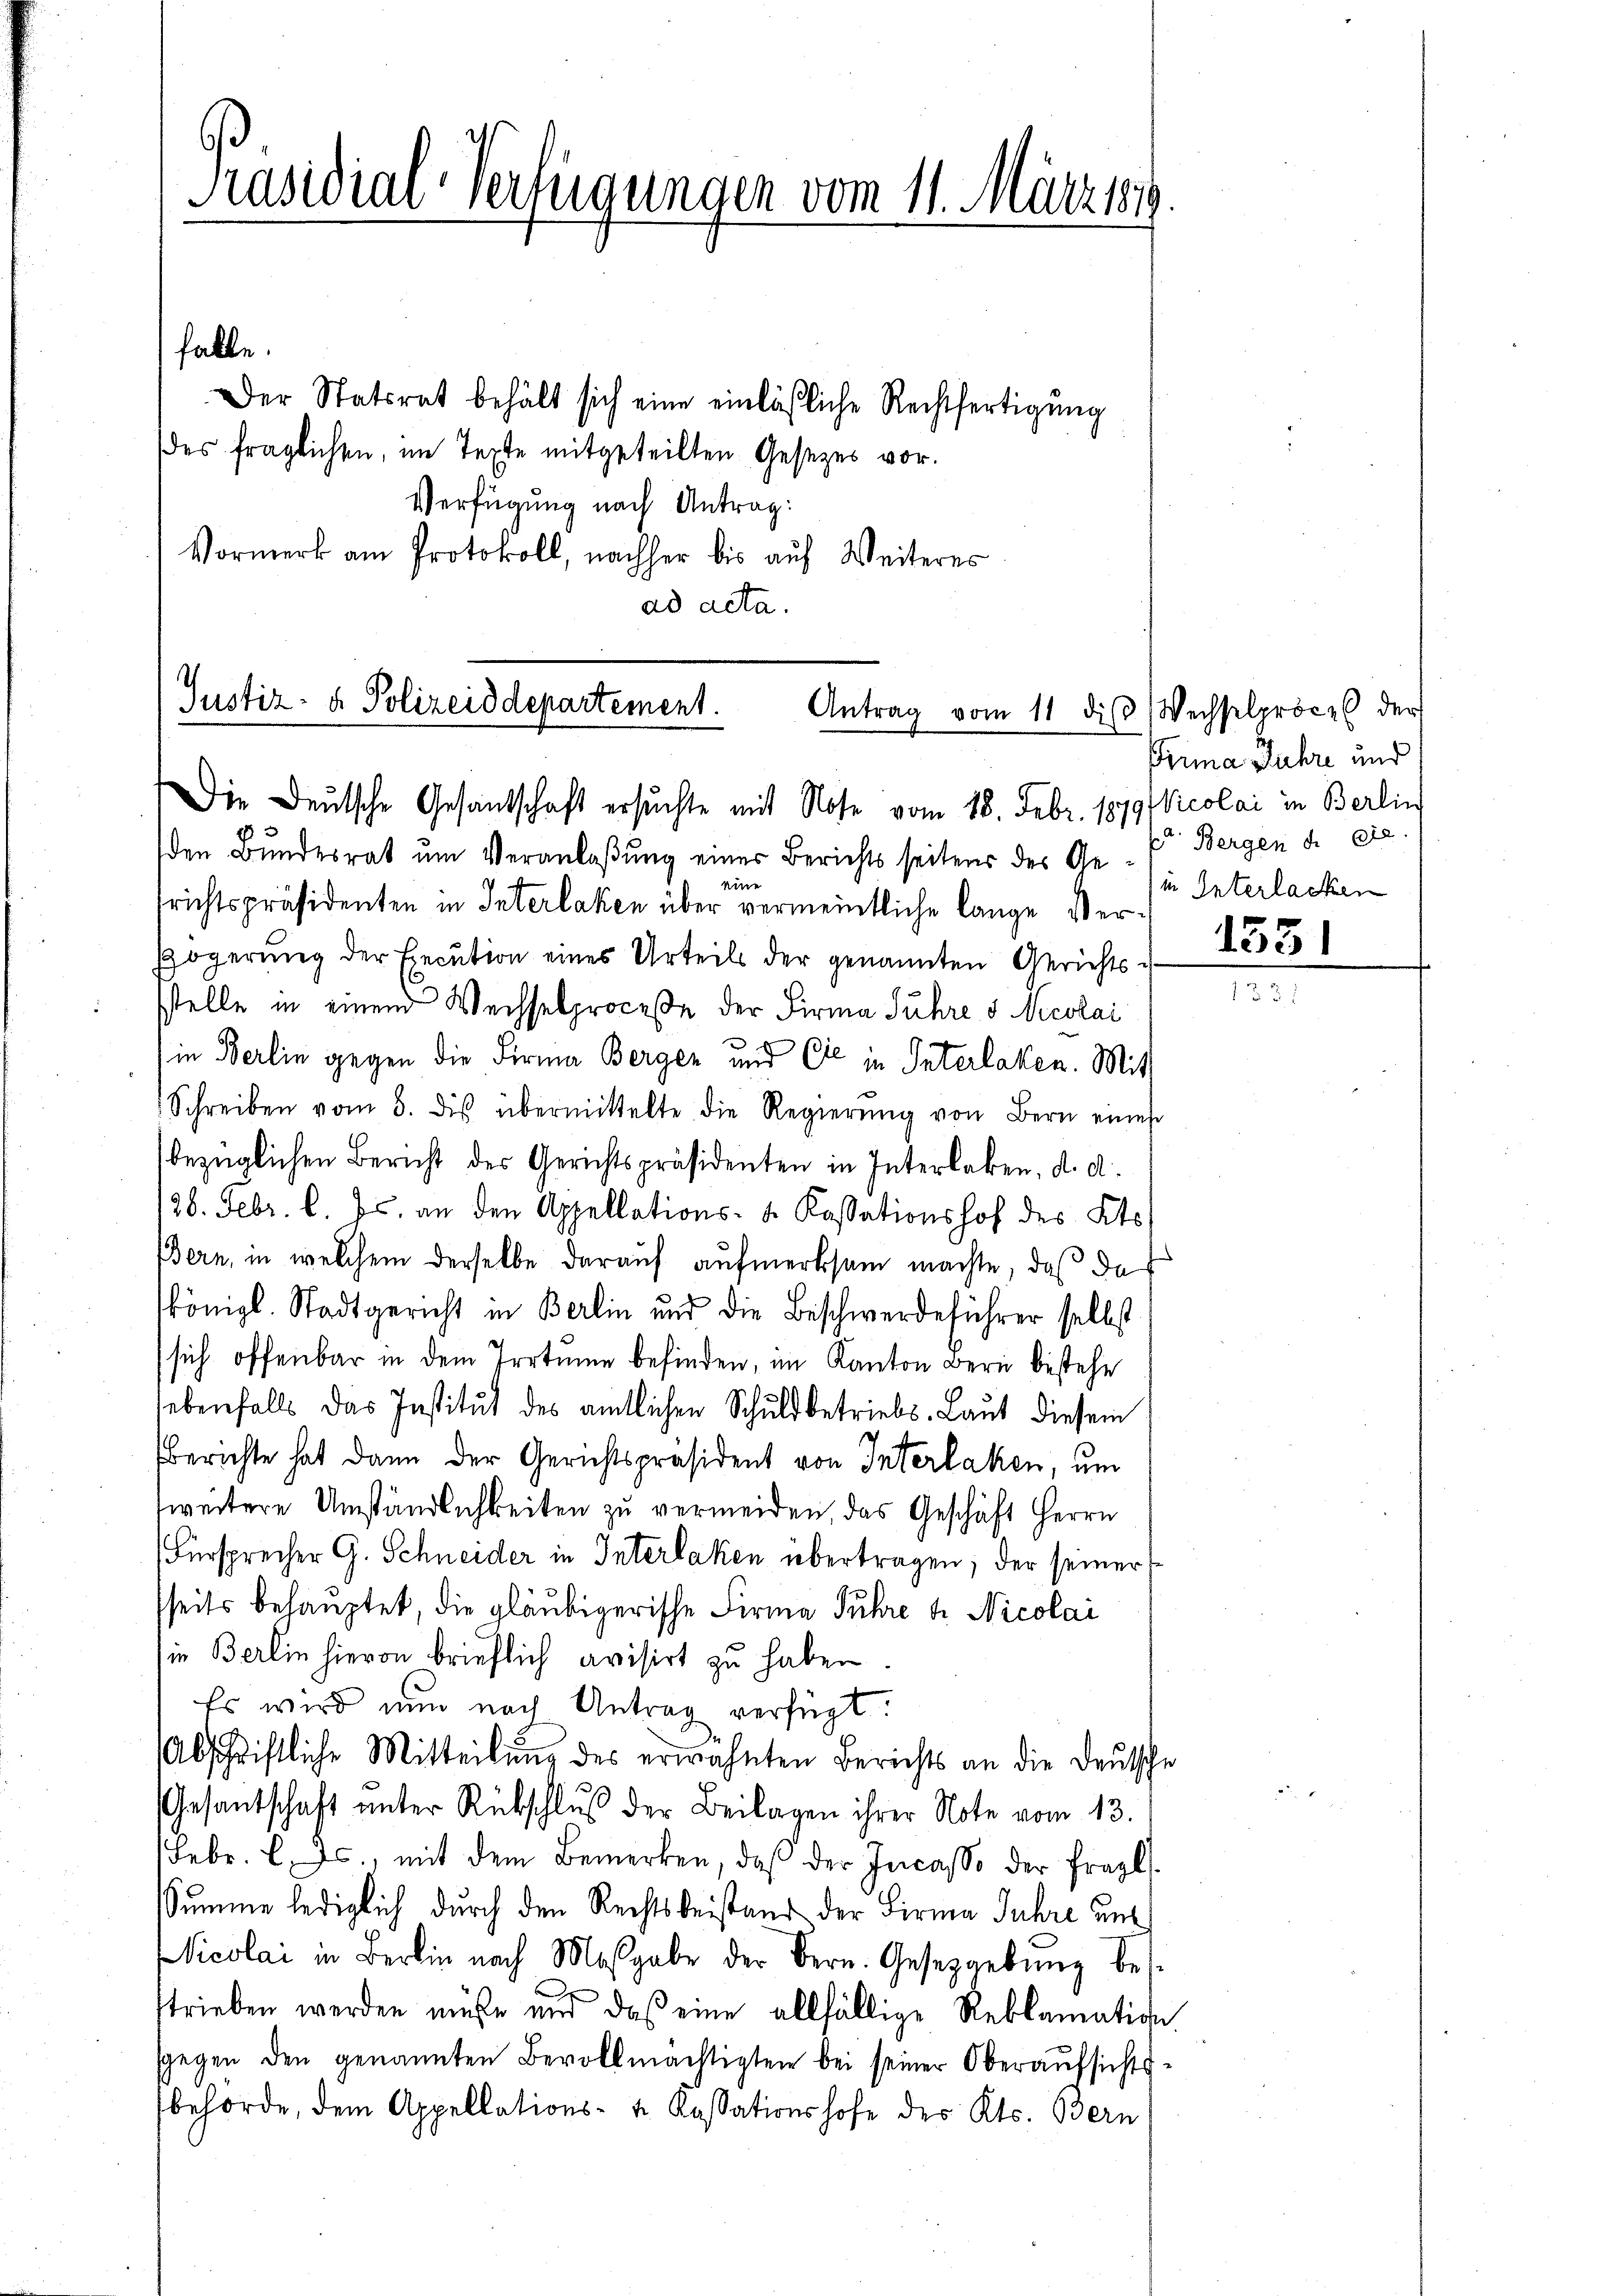
Präsidial-Verfügungen vom 11. März 89

falle.
Der Statsrat behält sich eine einläßliche Rechtfertigung
des fraglichen, im Texte mitgeteilten Gesetzes vor.
Verfügung nach Antrag:
Vormerk am Protokoll, nachher bis auf Weiteres
ad acta.

Justiz- & Polizeiddepartement.
Antrag vom 11. diβ Wechselproces der
Die Deutsche Gesandschaft ersuchte mit Note vom 18. Febr. 18791Vicolai in Berlin

den Bundesrat um Veranlaßung einer Berichts seitens des Geeine
frichtspräsidenten in Interlaken über vermeintliche lange Ver¬
Fögerung der Execution eines Urteils der genannten Gerichts u
stelle in einen Wechselproceße der Firma Suhre s. Nicolai
.
in Berlin gegen die Firma Berger und Cie in Interlaken. Mitt
Schreiben vom 3. dis übermittelte die Regierŭng von Bern eines
bezüglichen Bericht der Gerichtspräsidenten in Interlaken, d. d.
/28. Febr. l. Js. an den Appellations- u. Kassationshof des Kts.
Bern, in welchem derselbe darauf aufmerksam machte, daß da
königl. Stadtgericht in Berlin und die Beschwerdeführer selbst
sich offenbar in dem Irrtume befinden, im Kanton Bern bestehe
lebenfalls das Institut des amtlichen Schuldbetriebs-Laut diesem
berichte hat dann der Gerichtspräsident von Interlaken, um
weitere Umständlichkeiten zu vermeiden, das Geschäft Herrn
(Fürsprecher G. Schneider in Interlaken übertragen; der seiner
sseits behauptet, die gläubigerische Firme Führe tr. Nicolai
sie Berlin hievon brieflich avisirt zu haben
Es wird nun nach Antrag verfügt:
Abschriftliche Mitteilŭng des erwähnten Berichts an die Deutsche
Gesantschaft unter Rückschluß der Beilagen ihrer Note vom 13.
Febr. l. Js., mit dem Bemerken, daβ der Incasse der fragl.
Summe lediglich durch den Rechtsbeistand der Firma Jahre unt
Vicolai in Berlin nach Maßgabe der Bern. Gesetzgebung bes
x
strieben werden müße und daß eine allfällige Reklamation
sgegen den genannten Bevollmächtigtei bei seiner Oberaŭfsichts-
behörde, dem Appellations- u. Kassationshofe des Kts. Bern

Prima Fuhre und
t Bergen d. 8te
in Interlacken

1551